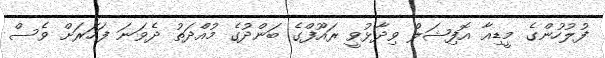
ފުލުހުންގެ މީޑިއާ އޮފިޝަލް ވިދާޅުވީ ރައޫފްގެ ބަންދުގެ މުއްދަތު ދެވަނަ ފަހަރަށް ވެސް